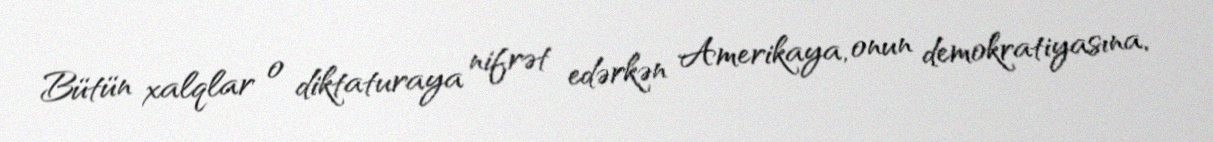
Bütün xalqlar o diktaturaya nifrət edərkən Amerikaya, onun demokratiyasına,